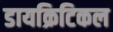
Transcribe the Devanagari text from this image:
डायक्रिटिकल